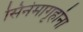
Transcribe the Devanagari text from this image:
सिनेमागृहांना